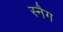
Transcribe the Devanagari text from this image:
स्नैग